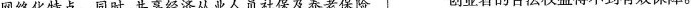
网络化特点。同时，共享经济从业人员社保及养老保险 创业者的合法权益得不到有效保障。